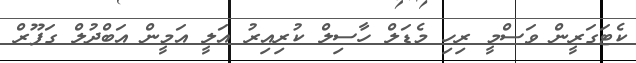
ކެޓަގަރީން ވަސްމީ ރިހި މެޑަލް ހާސިލް ކުރިއިރު އަލީ އަމީން އަބްދުލް ގަފޫރް